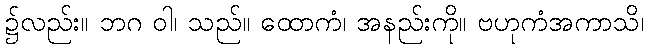
၌လည်း။ ဘဂ ဝါ၊ သည်။ ထောကံ၊ အနည်းကို။ ဗဟုကံအကာသိ၊